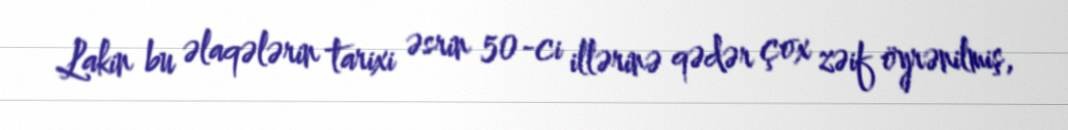
Lakin bu əlaqələrin tarixi əsrin 50-ci illərinə qədər çox zəif öyrənilmiş,